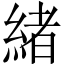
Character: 緒